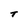
Character: T